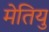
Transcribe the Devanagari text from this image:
मेतियु